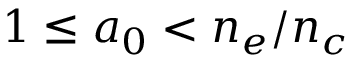
1 \leq a _ { 0 } < n _ { e } / n _ { c }